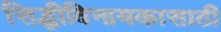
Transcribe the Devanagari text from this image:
सिद्धीविनायकासाठी